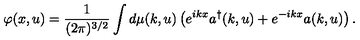
\varphi ( x , u ) = \frac { 1 } { ( 2 \pi ) ^ { 3 / 2 } } \int d \mu ( k , u ) \left( e ^ { i k x } a ^ { \dagger } ( k , u ) + e ^ { - i k x } a ( k , u ) \right) .